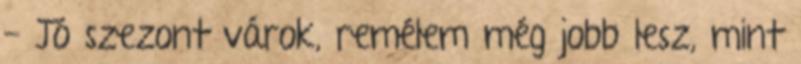
- Jó szezont várok, remélem még jobb lesz, mint